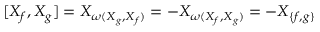
[ X _ { f } , X _ { g } ] = X _ { \omega ( X _ { g } , X _ { f } ) } = - X _ { \omega ( X _ { f } , X _ { g } ) } = - X _ { \{ f , g \} }